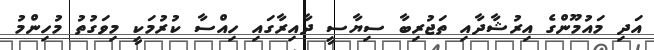
އަދި މައުމޫންގެ އިރުޝާދާއި ތަޖުރިބާ ސިޔާސީ ދާއިރާގައި ހިއްސާ ކުރުމަކީ މިވަގުތު މުހިންމު